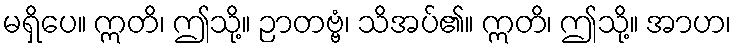
မရှိပေ။ ဣတိ၊ ဤသို့။ ဉာတဗ္ဗံ၊ သိအပ်၏။ ဣတိ၊ ဤသို့။ အာဟ၊